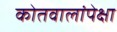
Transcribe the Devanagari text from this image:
कोतवालांपेक्षा